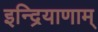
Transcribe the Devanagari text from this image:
इन्द्रियाणाम्